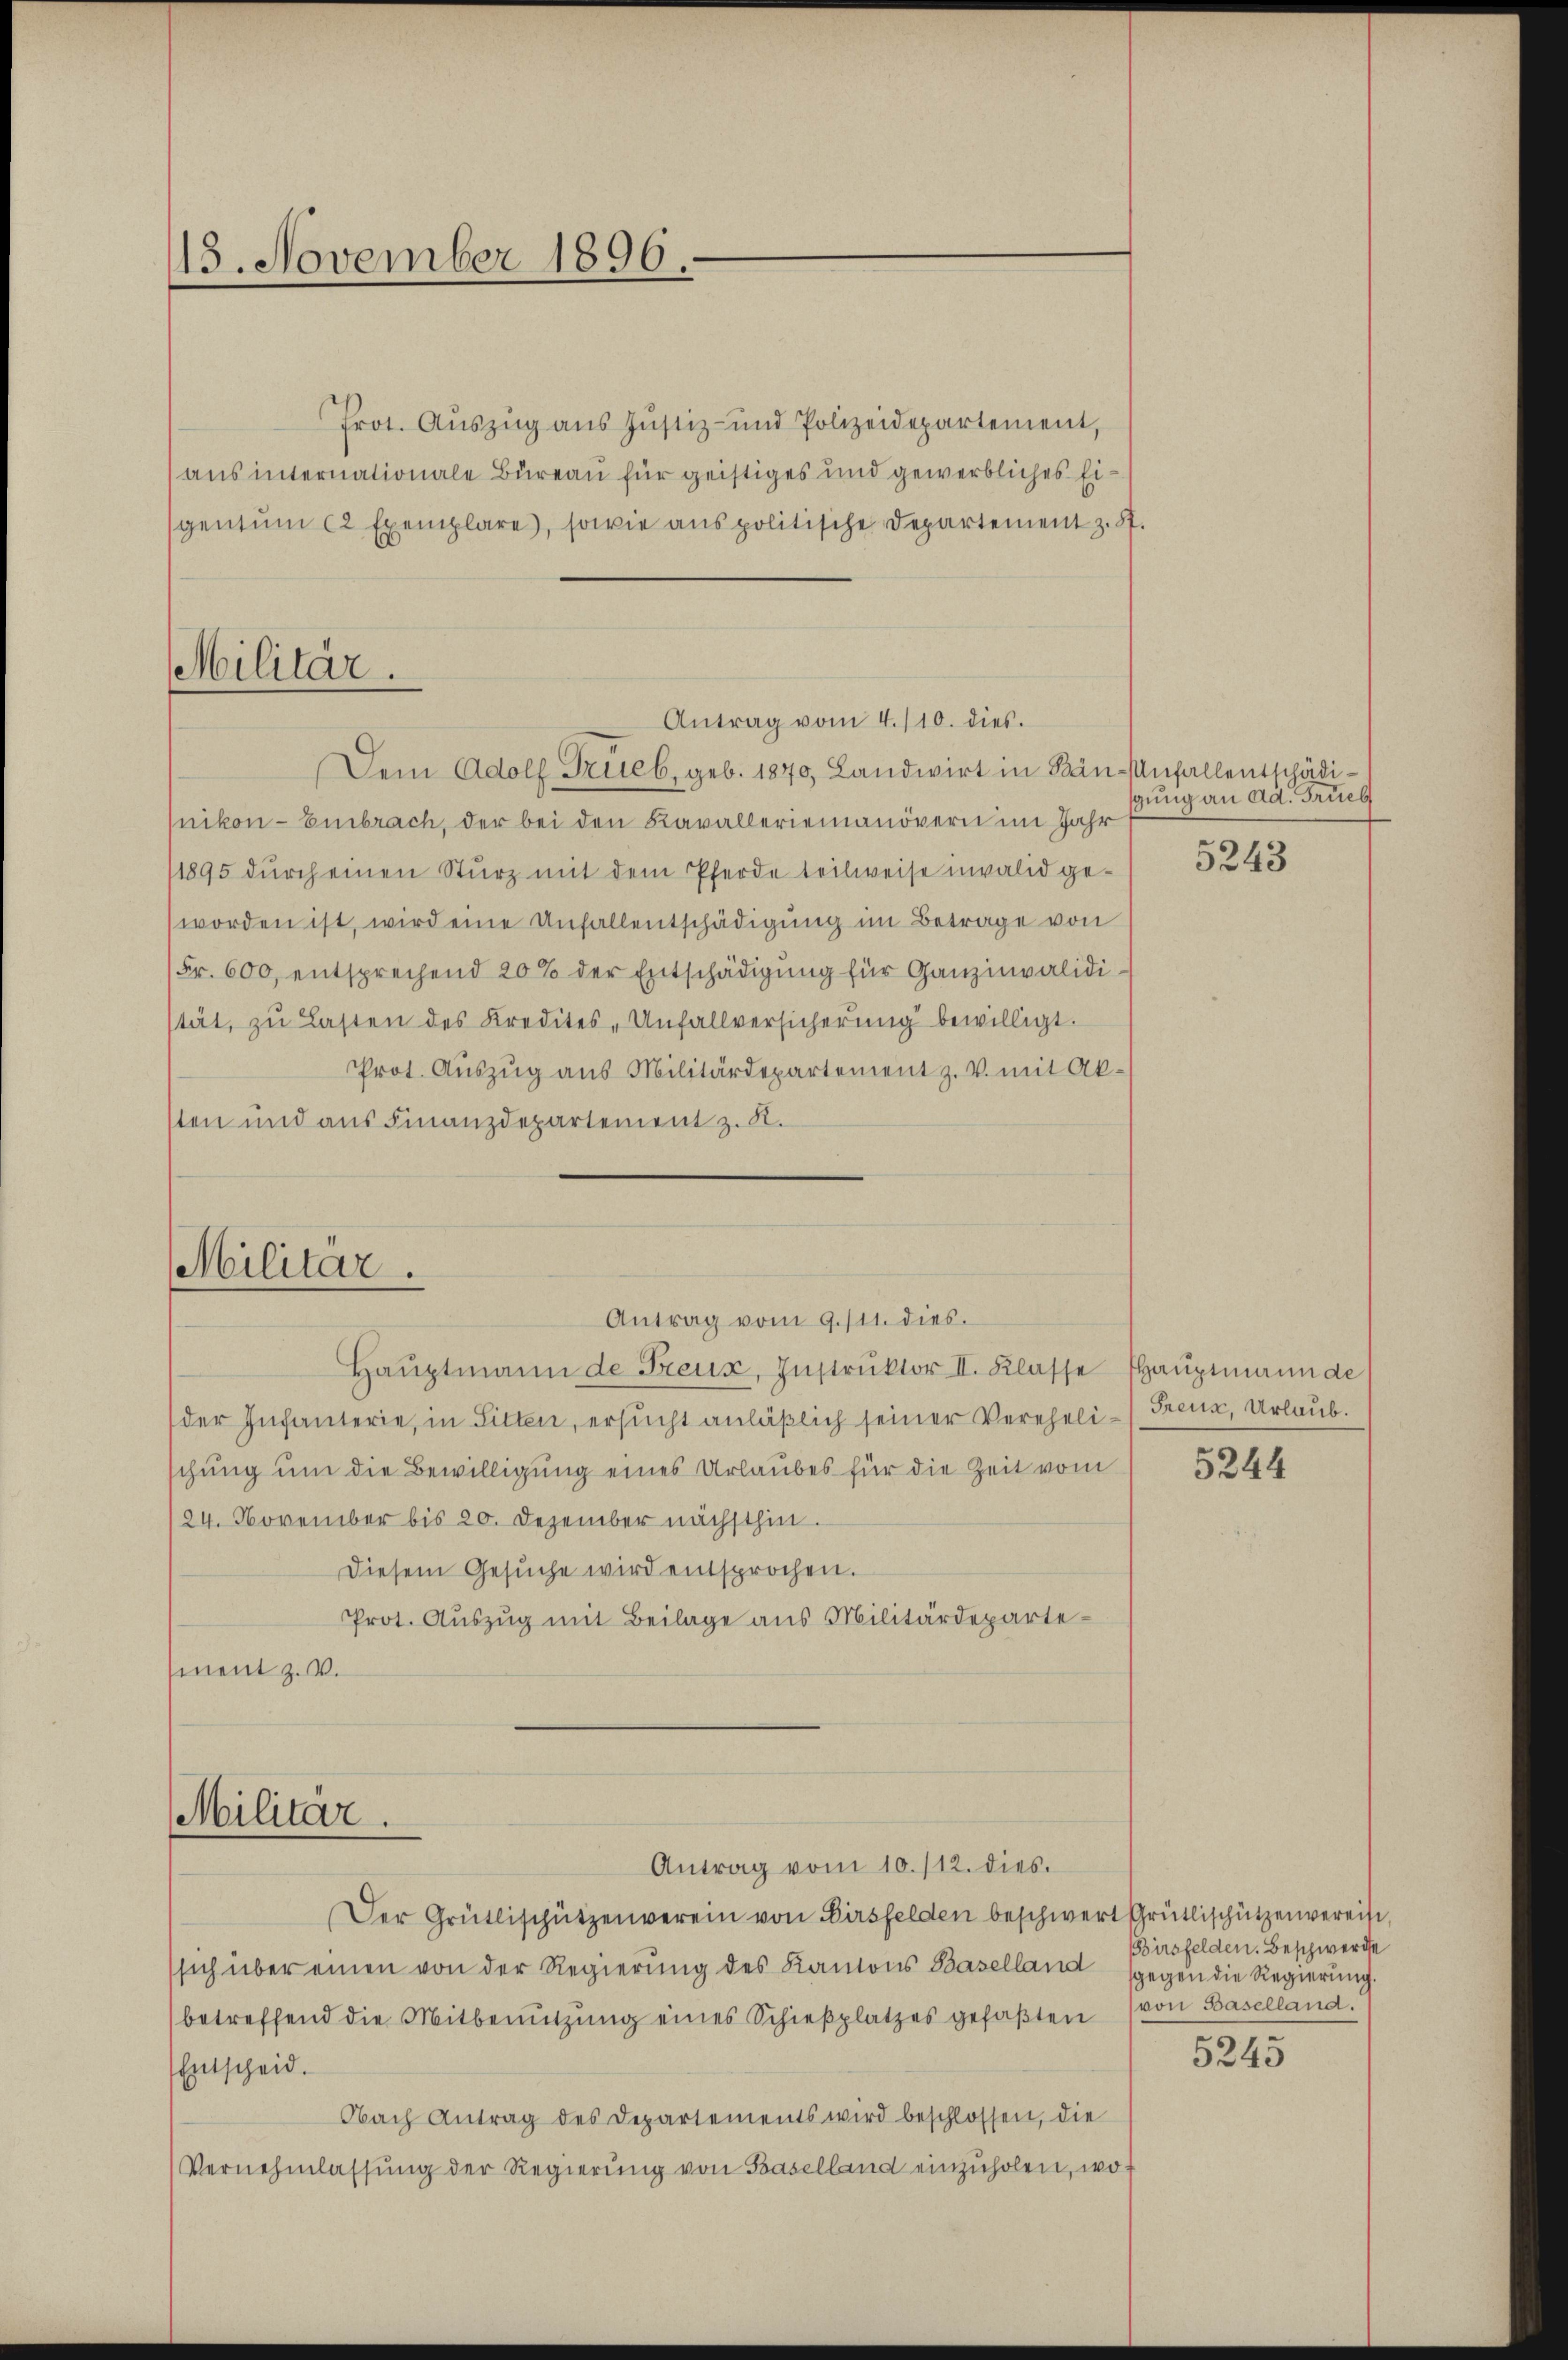
13. November 1896.

Militär.
Antrag vom 4./10. dies

Militär.
Antrag vom 9. 111. dies

Prot. Auszug aus Justiz- und Polizeidepartement,
aus internationale Bureau für geistiges und gewerbliches Eigentum 12 Exemplare, sowie aus politische Departement z. St.

Dem Adolf Trieb, geb. 1870, Landwirt in Bän-Unfallentschädinikon - Embrach, der bei den Kavalleriemanövern im Jahr
1895 dŭrch einen Sturz mit dem Pferde teilweise invalid geworden ist, wird eine Unfallentschädigung im Betrage von
Fr. 600, entsprechend 20% der Entschädigung für Ganz invalidistät, zŭ Lasten des Kredites, Unfallversicherŭng bewilligt.
Prot. Auszug aus Militärdepartement z. V. mit Absten und aus Finanzdepartement z. R.

Haŭptmann de Freux, Instrŭktor II. Klasse Hauptmann de
der Infanterie, in Sitten, ersucht anläßlich seiner Vereheli-Greuz, Urlaub.
schung um die Bewilligung eines Urlaubes für die Zeit vom
24. November bis 20. Dezember nächsthin.
Diesem Gesŭche wird entsprochen.
Prot. Aŭszŭg mit Beilage aus Militärdeparte
ment z. V.

Militär.
Antrag vom 10. /12. dies

Der Grütlischützenverein von Dirsfelden beschwert Grütlischützenvereise,
(sich über einen von der Regierung des Kantons Baselland gegen die Regierung.
betreffend die Mitbenŭtzŭng eines Schieβplatzes gefaβten (von Baselland.
Entscheid.
Nach Antrag des Departements wird beschlossen, die
Vernehmlassŭng der Regierŭng von Baselland einzŭholen, wo¬

gung an ad. Trieb

5243

5244

Birsfelden. Beschwerde

5245